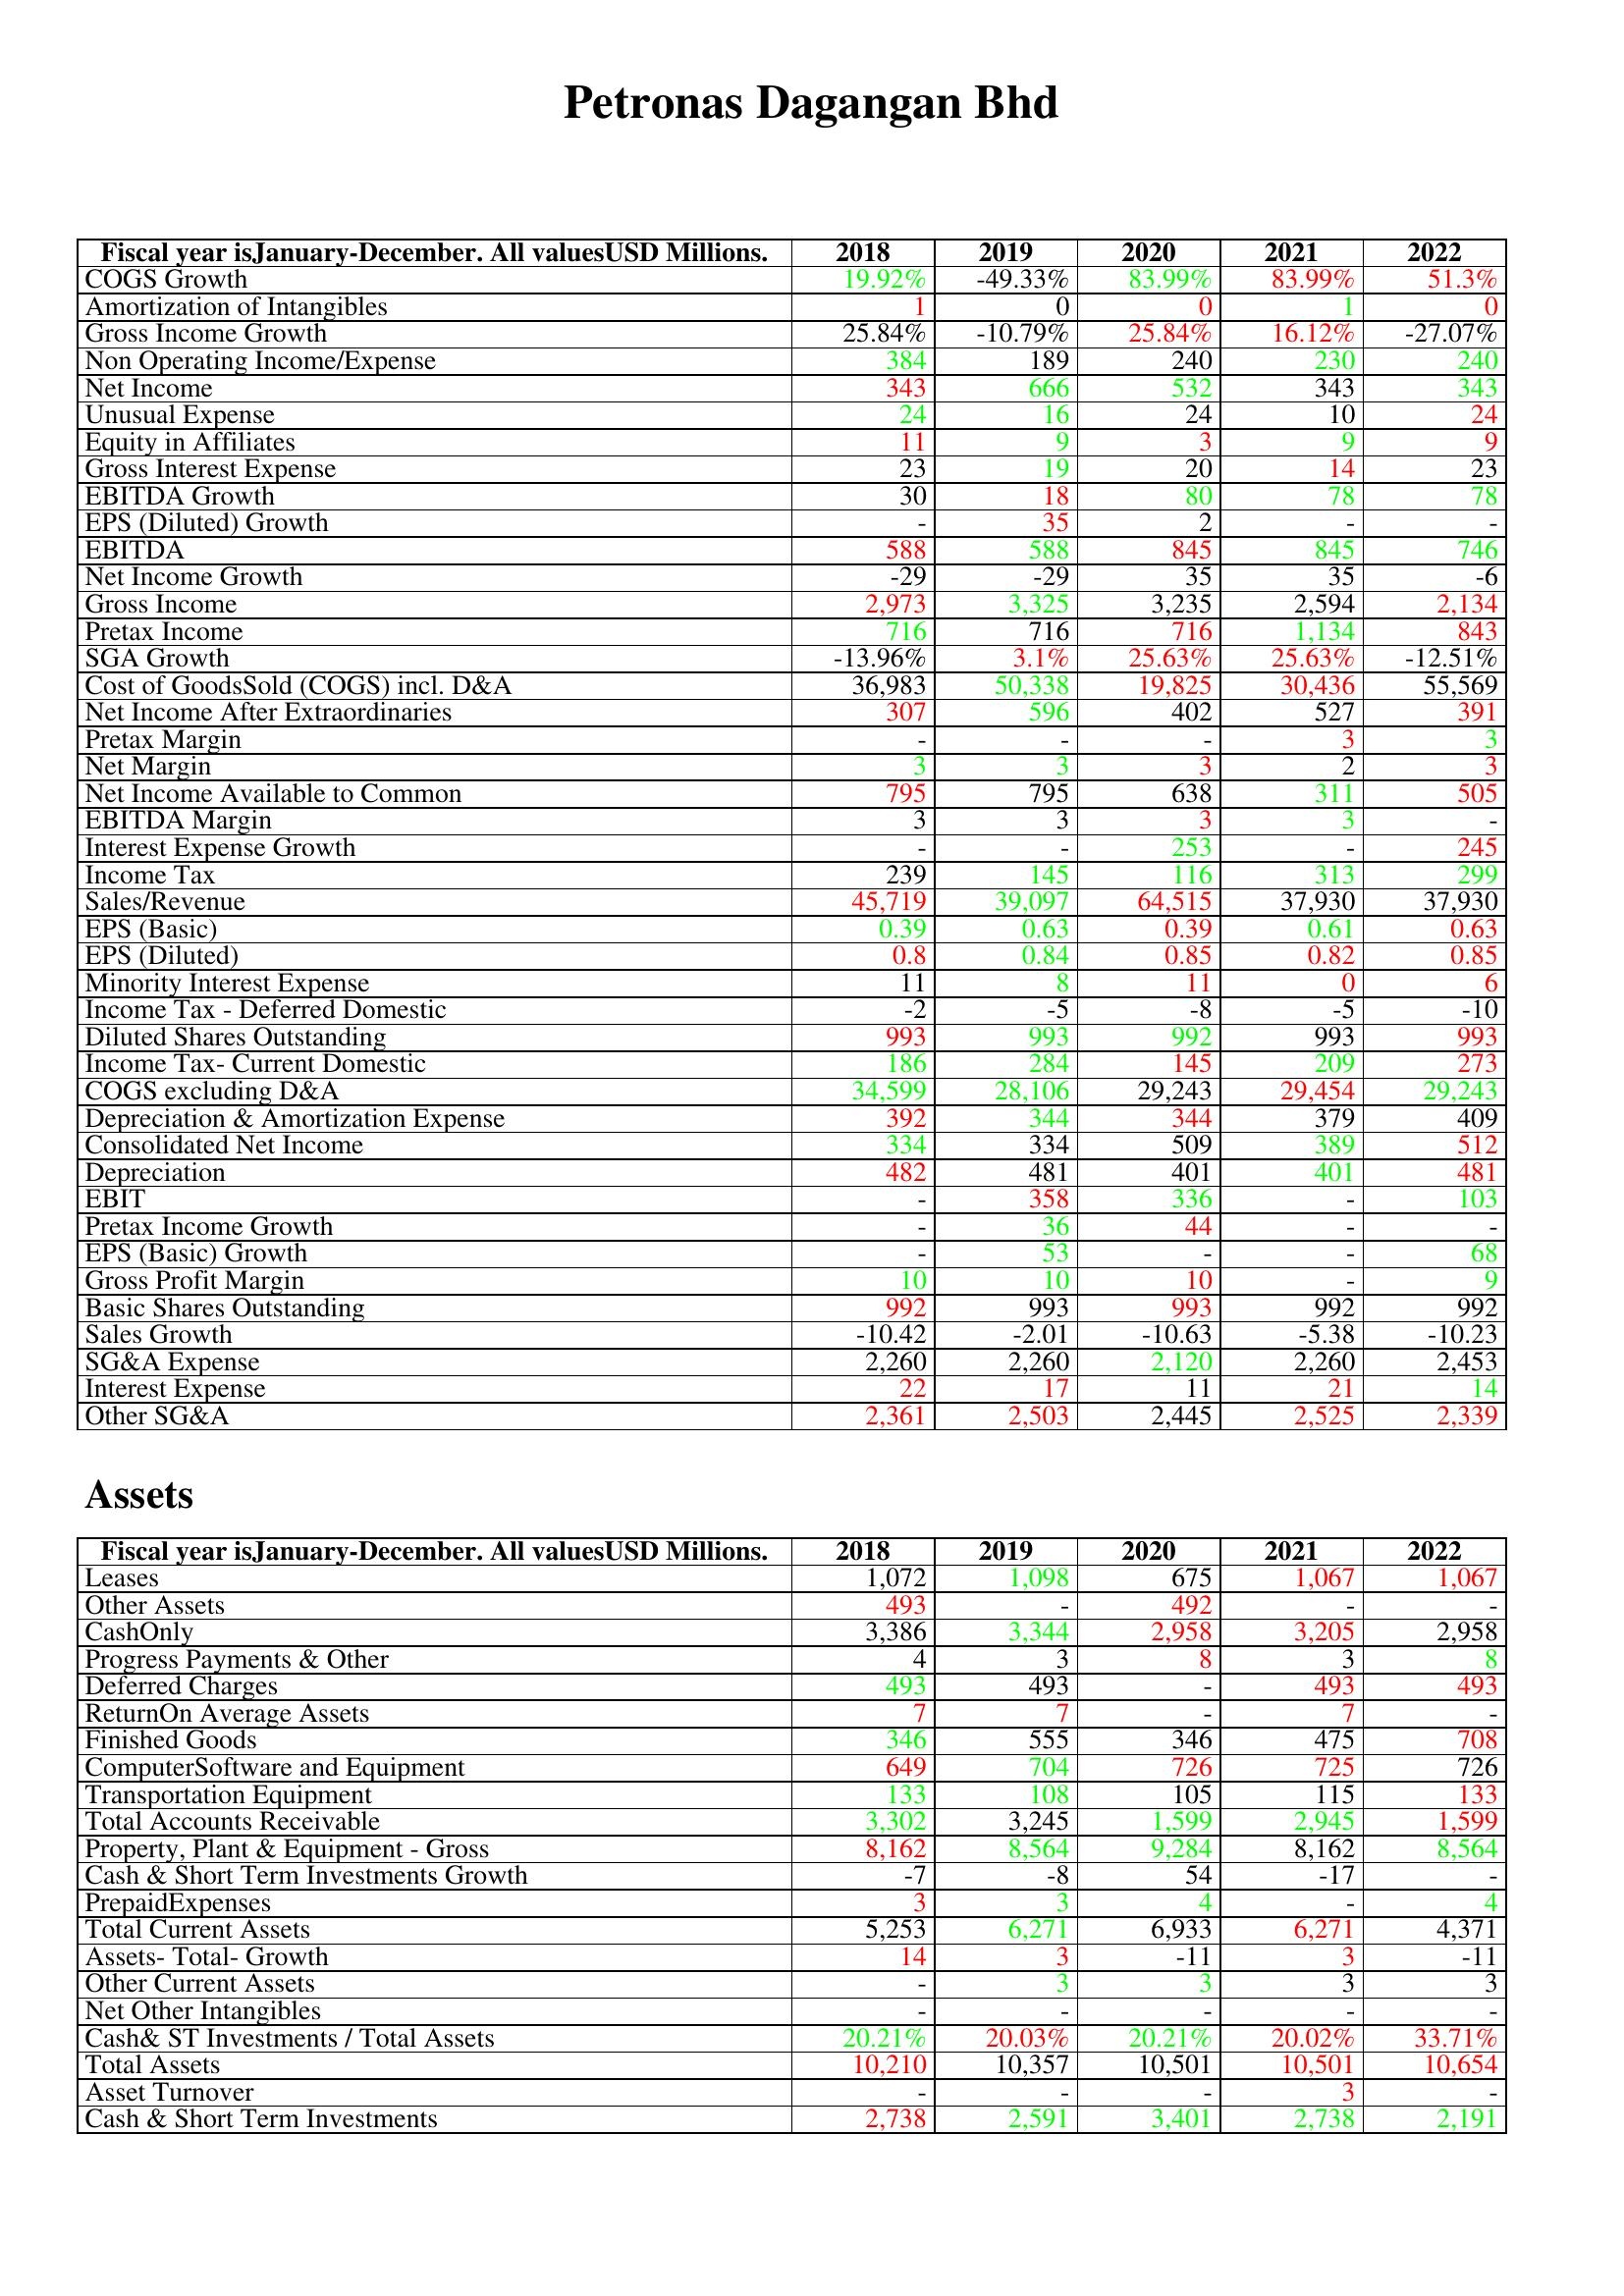
gt_parse: 2018: : COGS Growth: 19.92%
Amortization of Intangibles: 1
Gross Income Growth: 25.84%
Non Operating Income/Expense: 384
Net Income: 343
Unusual Expense: 24
Equity in Affiliates: 11
Gross Interest Expense: 23
EBITDA Growth: 30
EPS (Diluted) Growth: -
EBITDA: 588
Net Income Growth: -29
Gross Income: 2,973
Pretax Income: 716
SGA Growth: -13.96%
Cost of GoodsSold (COGS) incl. D&A: 36,983
Net Income After Extraordinaries: 307
Pretax Margin: -
Net Margin: 3
Net Income Available to Common: 795
EBITDA Margin: 3
Interest Expense Growth: -
Income Tax: 239
Sales/Revenue: 45,719
EPS (Basic): 0.39
EPS (Diluted): 0.8
Minority Interest Expense: 11
Income Tax - Deferred Domestic: -2
Diluted Shares Outstanding: 993
Income Tax- Current Domestic: 186
COGS excluding D&A: 34,599
Depreciation & Amortization Expense: 392
Consolidated Net Income: 334
Depreciation: 482
EBIT: -
Pretax Income Growth: -
EPS (Basic) Growth: -
Gross Profit Margin: 10
Basic Shares Outstanding: 992
Sales Growth: -10.42
SG&A Expense: 2,260
Interest Expense: 22
Other SG&A: 2,361
Assets: Leases: 1,072
Other Assets: 493
CashOnly: 3,386
Progress Payments & Other: 4
Deferred Charges: 493
ReturnOn Average Assets: 7
Finished Goods: 346
ComputerSoftware and Equipment: 649
Transportation Equipment: 133
Total Accounts Receivable: 3,302
Property, Plant & Equipment - Gross : 8,162
Cash & Short Term Investments Growth: -7
PrepaidExpenses: 3
Total Current Assets: 5,253
Assets- Total- Growth: 14
Other Current Assets: -
Net Other Intangibles: -
Cash& ST Investments / Total Assets: 20.21%
Total Assets: 10,210
Asset Turnover: -
Cash & Short Term Investments: 2,738
2019: : COGS Growth: -49.33%
Amortization of Intangibles: 0
Gross Income Growth: -10.79%
Non Operating Income/Expense: 189
Net Income: 666
Unusual Expense: 16
Equity in Affiliates: 9
Gross Interest Expense: 19
EBITDA Growth: 18
EPS (Diluted) Growth: 35
EBITDA: 588
Net Income Growth: -29
Gross Income: 3,325
Pretax Income: 716
SGA Growth: 3.1%
Cost of GoodsSold (COGS) incl. D&A: 50,338
Net Income After Extraordinaries: 596
Pretax Margin: -
Net Margin: 3
Net Income Available to Common: 795
EBITDA Margin: 3
Interest Expense Growth: -
Income Tax: 145
Sales/Revenue: 39,097
EPS (Basic): 0.63
EPS (Diluted): 0.84
Minority Interest Expense: 8
Income Tax - Deferred Domestic: -5
Diluted Shares Outstanding: 993
Income Tax- Current Domestic: 284
COGS excluding D&A: 28,106
Depreciation & Amortization Expense: 344
Consolidated Net Income: 334
Depreciation: 481
EBIT: 358
Pretax Income Growth: 36
EPS (Basic) Growth: 53
Gross Profit Margin: 10
Basic Shares Outstanding: 993
Sales Growth: -2.01
SG&A Expense: 2,260
Interest Expense: 17
Other SG&A: 2,503
Assets: Leases: 1,098
Other Assets: -
CashOnly: 3,344
Progress Payments & Other: 3
Deferred Charges: 493
ReturnOn Average Assets: 7
Finished Goods: 555
ComputerSoftware and Equipment: 704
Transportation Equipment: 108
Total Accounts Receivable: 3,245
Property, Plant & Equipment - Gross : 8,564
Cash & Short Term Investments Growth: -8
PrepaidExpenses: 3
Total Current Assets: 6,271
Assets- Total- Growth: 3
Other Current Assets: 3
Net Other Intangibles: -
Cash& ST Investments / Total Assets: 20.03%
Total Assets: 10,357
Asset Turnover: -
Cash & Short Term Investments: 2,591
2020: : COGS Growth: 83.99%
Amortization of Intangibles: 0
Gross Income Growth: 25.84%
Non Operating Income/Expense: 240
Net Income: 532
Unusual Expense: 24
Equity in Affiliates: 3
Gross Interest Expense: 20
EBITDA Growth: 80
EPS (Diluted) Growth: 2
EBITDA: 845
Net Income Growth: 35
Gross Income: 3,235
Pretax Income: 716
SGA Growth: 25.63%
Cost of GoodsSold (COGS) incl. D&A: 19,825
Net Income After Extraordinaries: 402
Pretax Margin: -
Net Margin: 3
Net Income Available to Common: 638
EBITDA Margin: 3
Interest Expense Growth: 253
Income Tax: 116
Sales/Revenue: 64,515
EPS (Basic): 0.39
EPS (Diluted): 0.85
Minority Interest Expense: 11
Income Tax - Deferred Domestic: -8
Diluted Shares Outstanding: 992
Income Tax- Current Domestic: 145
COGS excluding D&A: 29,243
Depreciation & Amortization Expense: 344
Consolidated Net Income: 509
Depreciation: 401
EBIT: 336
Pretax Income Growth: 44
EPS (Basic) Growth: -
Gross Profit Margin: 10
Basic Shares Outstanding: 993
Sales Growth: -10.63
SG&A Expense: 2,120
Interest Expense: 11
Other SG&A: 2,445
Assets: Leases: 675
Other Assets: 492
CashOnly: 2,958
Progress Payments & Other: 8
Deferred Charges: -
ReturnOn Average Assets: -
Finished Goods: 346
ComputerSoftware and Equipment: 726
Transportation Equipment: 105
Total Accounts Receivable: 1,599
Property, Plant & Equipment - Gross : 9,284
Cash & Short Term Investments Growth: 54
PrepaidExpenses: 4
Total Current Assets: 6,933
Assets- Total- Growth: -11
Other Current Assets: 3
Net Other Intangibles: -
Cash& ST Investments / Total Assets: 20.21%
Total Assets: 10,501
Asset Turnover: -
Cash & Short Term Investments: 3,401
2021: : COGS Growth: 83.99%
Amortization of Intangibles: 1
Gross Income Growth: 16.12%
Non Operating Income/Expense: 230
Net Income: 343
Unusual Expense: 10
Equity in Affiliates: 9
Gross Interest Expense: 14
EBITDA Growth: 78
EPS (Diluted) Growth: -
EBITDA: 845
Net Income Growth: 35
Gross Income: 2,594
Pretax Income: 1,134
SGA Growth: 25.63%
Cost of GoodsSold (COGS) incl. D&A: 30,436
Net Income After Extraordinaries: 527
Pretax Margin: 3
Net Margin: 2
Net Income Available to Common: 311
EBITDA Margin: 3
Interest Expense Growth: -
Income Tax: 313
Sales/Revenue: 37,930
EPS (Basic): 0.61
EPS (Diluted): 0.82
Minority Interest Expense: 0
Income Tax - Deferred Domestic: -5
Diluted Shares Outstanding: 993
Income Tax- Current Domestic: 209
COGS excluding D&A: 29,454
Depreciation & Amortization Expense: 379
Consolidated Net Income: 389
Depreciation: 401
EBIT: -
Pretax Income Growth: -
EPS (Basic) Growth: -
Gross Profit Margin: -
Basic Shares Outstanding: 992
Sales Growth: -5.38
SG&A Expense: 2,260
Interest Expense: 21
Other SG&A: 2,525
Assets: Leases: 1,067
Other Assets: -
CashOnly: 3,205
Progress Payments & Other: 3
Deferred Charges: 493
ReturnOn Average Assets: 7
Finished Goods: 475
ComputerSoftware and Equipment: 725
Transportation Equipment: 115
Total Accounts Receivable: 2,945
Property, Plant & Equipment - Gross : 8,162
Cash & Short Term Investments Growth: -17
PrepaidExpenses: -
Total Current Assets: 6,271
Assets- Total- Growth: 3
Other Current Assets: 3
Net Other Intangibles: -
Cash& ST Investments / Total Assets: 20.02%
Total Assets: 10,501
Asset Turnover: 3
Cash & Short Term Investments: 2,738
2022: : COGS Growth: 51.3%
Amortization of Intangibles: 0
Gross Income Growth: -27.07%
Non Operating Income/Expense: 240
Net Income: 343
Unusual Expense: 24
Equity in Affiliates: 9
Gross Interest Expense: 23
EBITDA Growth: 78
EPS (Diluted) Growth: -
EBITDA: 746
Net Income Growth: -6
Gross Income: 2,134
Pretax Income: 843
SGA Growth: -12.51%
Cost of GoodsSold (COGS) incl. D&A: 55,569
Net Income After Extraordinaries: 391
Pretax Margin: 3
Net Margin: 3
Net Income Available to Common: 505
EBITDA Margin: -
Interest Expense Growth: 245
Income Tax: 299
Sales/Revenue: 37,930
EPS (Basic): 0.63
EPS (Diluted): 0.85
Minority Interest Expense: 6
Income Tax - Deferred Domestic: -10
Diluted Shares Outstanding: 993
Income Tax- Current Domestic: 273
COGS excluding D&A: 29,243
Depreciation & Amortization Expense: 409
Consolidated Net Income: 512
Depreciation: 481
EBIT: 103
Pretax Income Growth: -
EPS (Basic) Growth: 68
Gross Profit Margin: 9
Basic Shares Outstanding: 992
Sales Growth: -10.23
SG&A Expense: 2,453
Interest Expense: 14
Other SG&A: 2,339
Assets: Leases: 1,067
Other Assets: -
CashOnly: 2,958
Progress Payments & Other: 8
Deferred Charges: 493
ReturnOn Average Assets: -
Finished Goods: 708
ComputerSoftware and Equipment: 726
Transportation Equipment: 133
Total Accounts Receivable: 1,599
Property, Plant & Equipment - Gross : 8,564
Cash & Short Term Investments Growth: -
PrepaidExpenses: 4
Total Current Assets: 4,371
Assets- Total- Growth: -11
Other Current Assets: 3
Net Other Intangibles: -
Cash& ST Investments / Total Assets: 33.71%
Total Assets: 10,654
Asset Turnover: -
Cash & Short Term Investments: 2,191